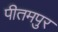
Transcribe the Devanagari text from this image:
पीतमपुर